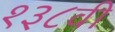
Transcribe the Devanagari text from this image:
१३८वी